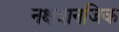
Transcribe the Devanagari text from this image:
नक्षत्रानजिक